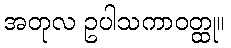
အတုလ ဥပါသကာဝတ္ထု။